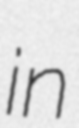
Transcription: in